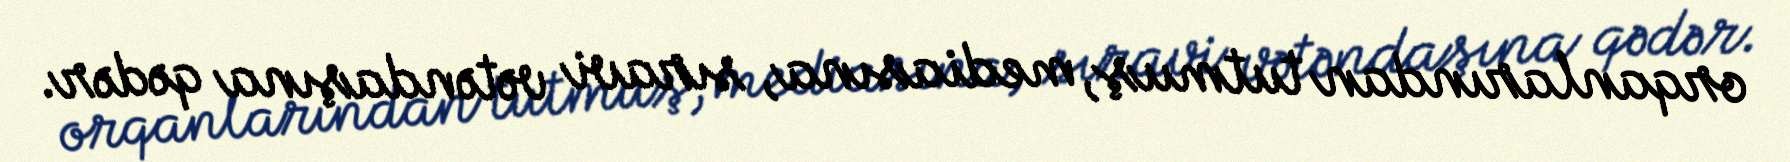
orqanlarından tutmuş, mediasına, sıravi vətəndaşına qədər.